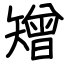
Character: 矰